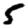
Digit: 5